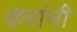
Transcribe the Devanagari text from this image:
करांनी